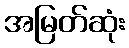
အမြတ်ဆုံး